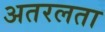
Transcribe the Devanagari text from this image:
अतरलता